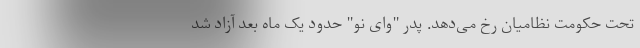
تحت حکومت نظامیان رخ می‌دهد. پدر "وای نو" حدود یک ماه بعد آزاد شد